Report on vaccination North-West Frontier Province 1904-1922 - 1904-1922
Year: 1904
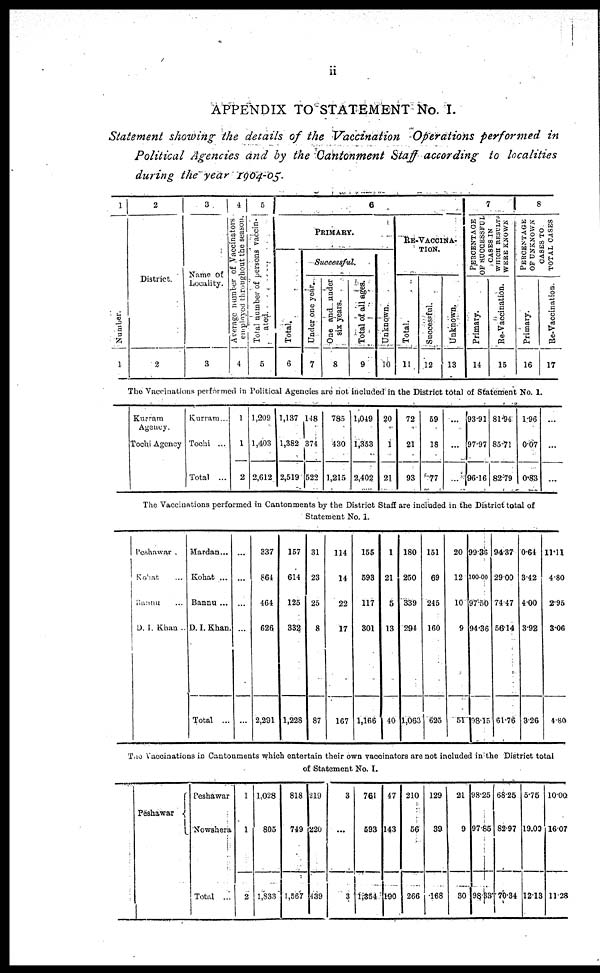
ii
APPENDIX TO STATEMENT No. I.
Statement showing the details of the Vaccination Operations performed in
Political Agencies and by the Cantonment Staff according to localities
during the year 1904-05.
1
Number.
1
2
District.
2
3
Name of
Locality.
3
4
Average number of Vaccinators
employed throughout the season.
4
5
Total number of persons vaccin-
ated.
5
6
PRIMARY.
Total.
6
Successful.
Under one year.
7
One and under
six years.
8
Total of all ages.
9
Unknown.
10
RE-VACCINA¬
----.
Total.
11
Successful.
12
Unknown.
13
7
PERCENTAGE
OF SUCCESSFUL
CASES IN
WHICH RESULTS
WERE KNOWN
Primary.
14
Re-Vaccination.
15
8
PERCENTAGE
OF UNKNOWN
CASES TO
TOTAL CASES
Primary.
16
Re-Vaccination.
17
The Vaccinations performed in Political Agencies are not included in the District total of Statement No. I.
Kurram
Agency.
Tochi Agency
Kurram ...
Tochi ...
Total ...
1
1
2
1,209
1,403
2,612
1,137
1,382
2,519
148
374
522
785
430
1,215
1,049
1,353
2,402
20
1
21
72
21
93
59
18
77
...
...
...
93.91
97.97
96.16
81.94
85.71
82.79
1.96
0.07
0.83
...
...
...
The Vaccinations performed in Cantonments by the District Staff are included in the District total of
Statement No. I.
Peshawar ...
Kohat ...
Bannu ...
D. I. Khan ...
Mardan ...
Kohat ...
Bannu ...
D. I. Khan.
Total ...
...
...
...
...
...
337
864
464
626
2,291
157
614
125
332
1,228
31
23
25
8
87
114
14
22
17
167
155
593
117
301
1,166
1
21
5
13
40
180
250
339
294
1,063
151
69
245
160
625
20
12
10
9
51
99.36
100.00
97.50
94.36
98.15
94.37
29.00
74.47
56.14
61.76
0.64
3.42
4.00
3.92
3.26
11.11
4.80
2.95
3.06
4.80
The Vaccinations in Cantonments which entertain their own vaccinators are not included in the District total
of Statement No. I.
Peshawar
Peshawar
Nowshera
Total ...
1
1
2
1,028
805
1,833
818
749
1,567
219
220
439
3
...
3
761
593
1,354
47
143
190
210
56
266
129
39
168
21
9
30
98.25
97.85
98.33
68.25
82.97
70.34
5.75
19.00
12.13
10.00
16.07
11.28